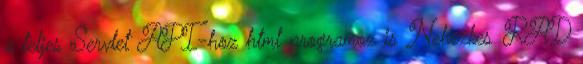
a teljes Servlet API-hoz html programoz is Nehézkes RAD